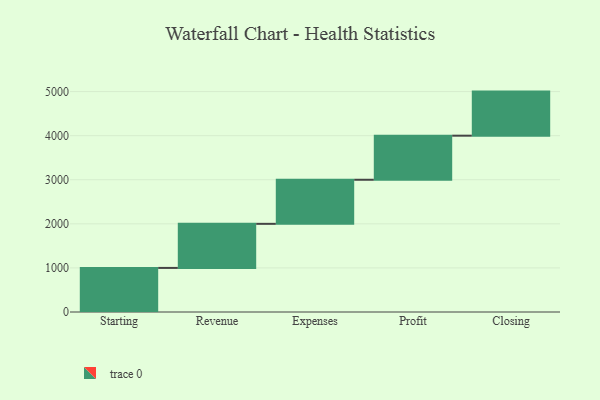
{"axis": {"x": "Step", "y": "Value"}, "legend": [""], "data": [{"x": "Starting", "y": 1000, "type": ""}, {"x": "Revenue", "y": 1000, "type": ""}, {"x": "Expenses", "y": 1000, "type": ""}, {"x": "Profit", "y": 1000, "type": ""}, {"x": "Closing", "y": 1000, "type": ""}]}